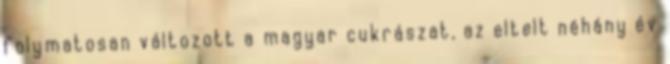
folymatosan változott a magyar cukrászat, az eltelt néhány év